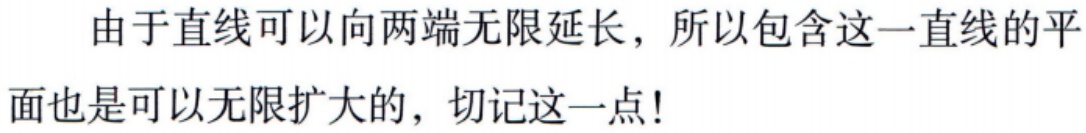
由于直线可以向两端无限延长，所以包含这一直线的平面也是可以无限扩大的，切记这一点!